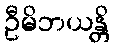
ဦမိဘယန္တိ